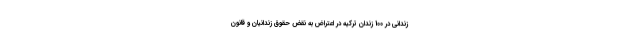
زندانی در 100 زندان ترکیه در اعتراض به نقض حقوق زندانیان و قانون